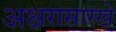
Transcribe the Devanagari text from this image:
अक्षरासारखे